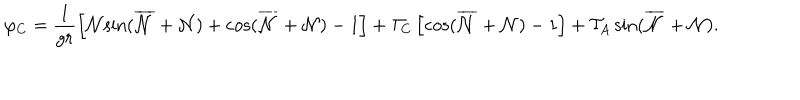
LaTeX: \varphi _ { C } = \frac { 1 } { g r } \left[ { \cal { N } } { \sin } ( \overline { { { \cal { N } } } } + { \cal { N } } ) + { \cos } ( \overline { { { \cal { N } } } } + { \cal { N } } ) - 1 \right] + { \cal T } _ { C } \left[ { \cos } ( \overline { { { \cal { N } } } } + { \cal { N } } ) - 1 \right] + { \cal T } _ { A } \, { \sin } ( \overline { { { \cal { N } } } } + { \cal { N } } ) .